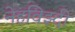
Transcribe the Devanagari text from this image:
नेहविझ्दी